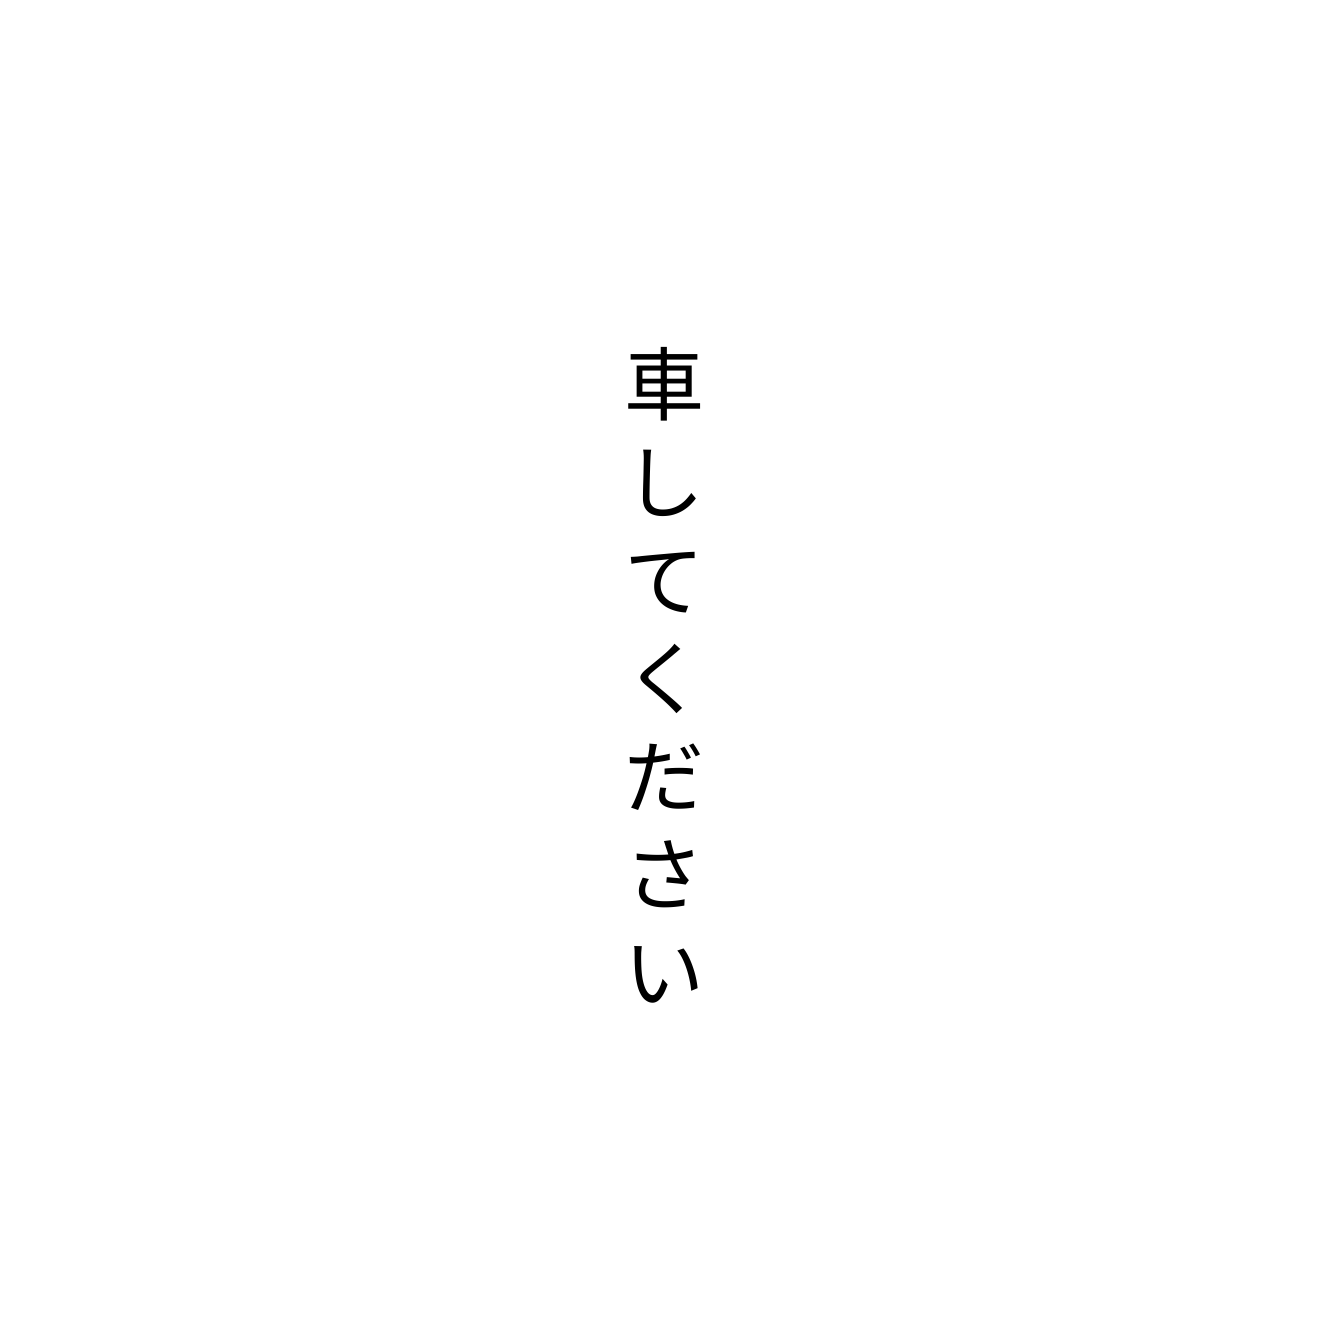
車してください